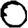
Digit: 0